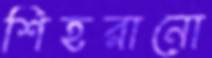
শিহরানো